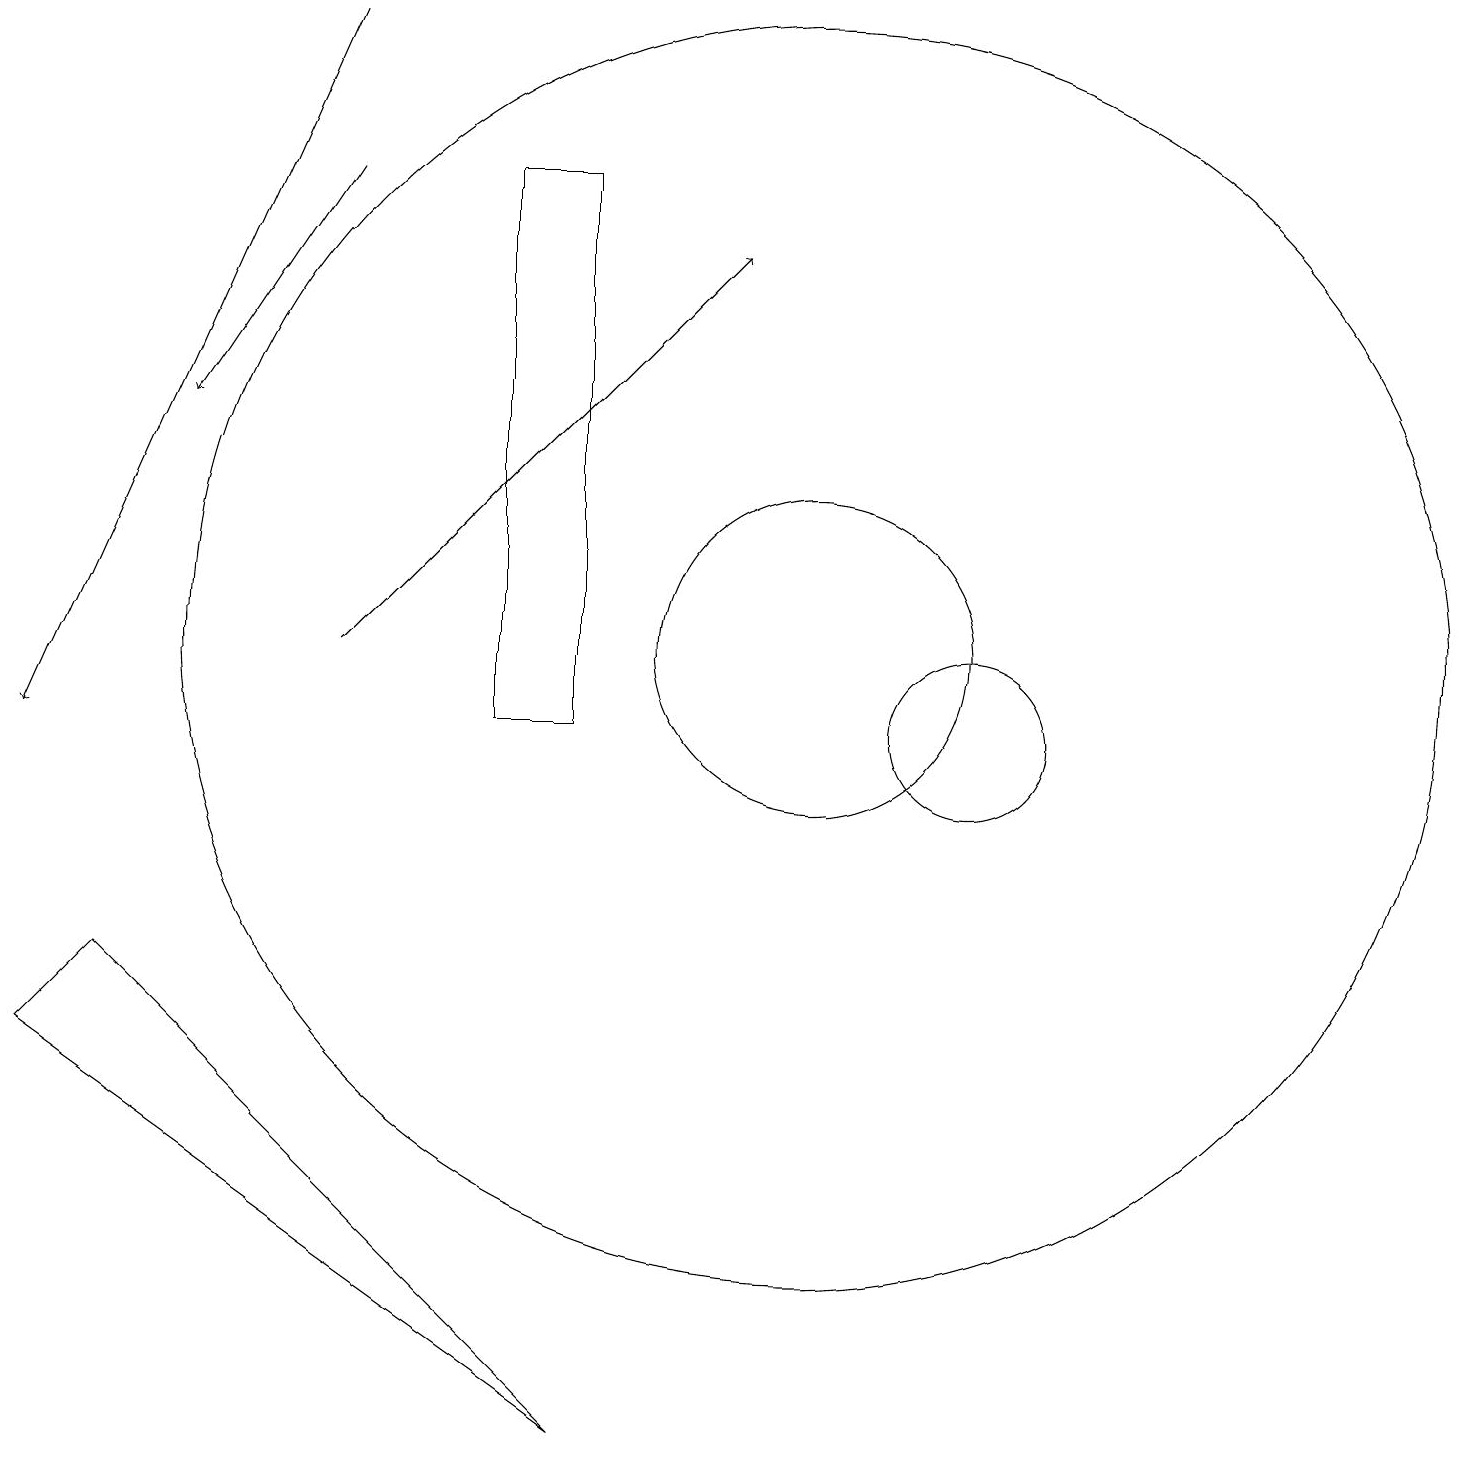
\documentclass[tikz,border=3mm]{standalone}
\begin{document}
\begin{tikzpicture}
\draw (12,10) circle (1);
\draw (6,10) rectangle (7,17);
\draw (10,11) circle (8);
\draw[->] (4,19) -- (0,10);
\draw[->] (4,11) -- (9,16);
\draw (0,6) -- (1,7) -- (7,1) -- cycle;
\draw[->] (4,17) -- (2,14);
\draw (10,11) circle (2);
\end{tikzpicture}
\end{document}